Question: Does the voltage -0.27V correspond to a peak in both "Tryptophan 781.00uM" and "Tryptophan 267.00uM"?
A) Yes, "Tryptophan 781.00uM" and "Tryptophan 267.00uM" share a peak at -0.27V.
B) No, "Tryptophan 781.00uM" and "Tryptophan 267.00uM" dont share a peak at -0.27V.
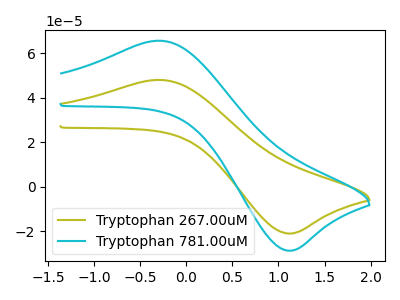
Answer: <think>The olive curve "Tryptophan 267.00uM" has an anodic peak at (-0.25V, 47.95uA) and a cathodic peak at (1.10V, -21.00uA). The cyan curve "Tryptophan 781.00uM" has an anodic peak at (-0.25V, 65.55uA) and a cathodic peak at (1.10V, -28.70uA).</think>
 <answer>A) Yes, "Tryptophan 781.00uM" and "Tryptophan 267.00uM" share a peak at -0.27V.</answer>
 <eval>A</eval>